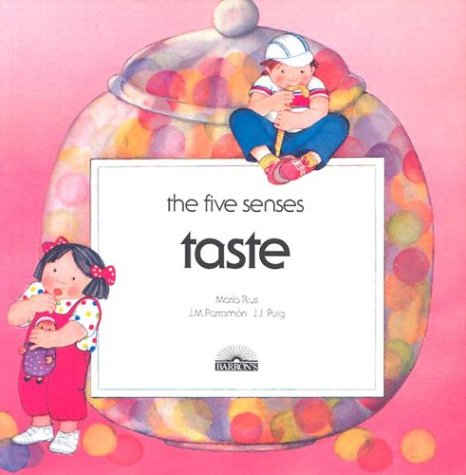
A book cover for Taste (Five Senses Series); Maria Rius; Children's Books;